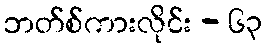
ဘတ်စ်ကားလိုင်း - ၆၃